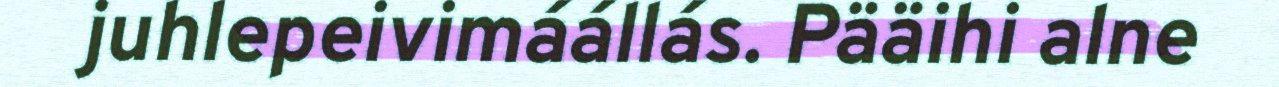
juhlepeivimáállás. Pääihi alne